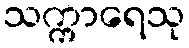
သက္ကာရေသု